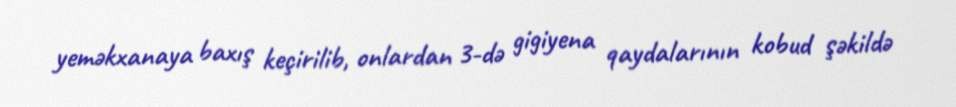
yeməkxanaya baxış keçirilib, onlardan 3-də gigiyena qaydalarının kobud şəkildə